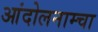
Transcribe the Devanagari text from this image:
आंदोलनाम्चा